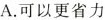
A.可以更省力